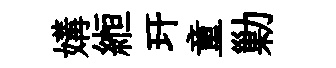
媾縆玕童勦